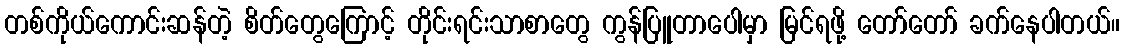
တစ်ကိုယ်ကောင်းဆန်တဲ့ စိတ်တွေကြောင့် တိုင်းရင်းသာစာတွေ ကွန်ပြူတာပေါမှာ မြင်ရဖို့ တော်တော် ခက်နေပါတယ်။